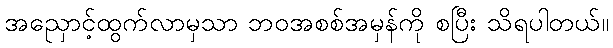
အညှောင့်ထွက်လာမှသာ ဘဝအစစ်အမှန်ကို စပြီး သိရပါတယ်။